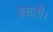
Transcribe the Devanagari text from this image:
बचती।